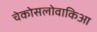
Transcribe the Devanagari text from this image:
चेकोसलोवाकिआ